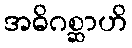
အဓိဂစ္ဆာဟိ